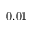
0 . 0 1